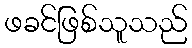
ဖခင်ဖြစ်သူသည်